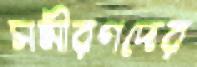
সমীরণদের